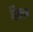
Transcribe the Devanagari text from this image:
हिज़ाब